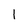
Character: 1